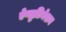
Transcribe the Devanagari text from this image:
ऐग्लुटिनेशन